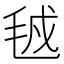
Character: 㲓